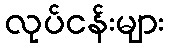
လုပ်ငန်းများ